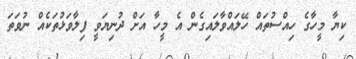
ކިޔާ މީހާގެ ހިއްސުތައް ހޭލައްވާލައިގެން އެ މީހާ އަށް ދުނިޔަވީ ފިލާވަޅުތަކެއް ނުވަތަ